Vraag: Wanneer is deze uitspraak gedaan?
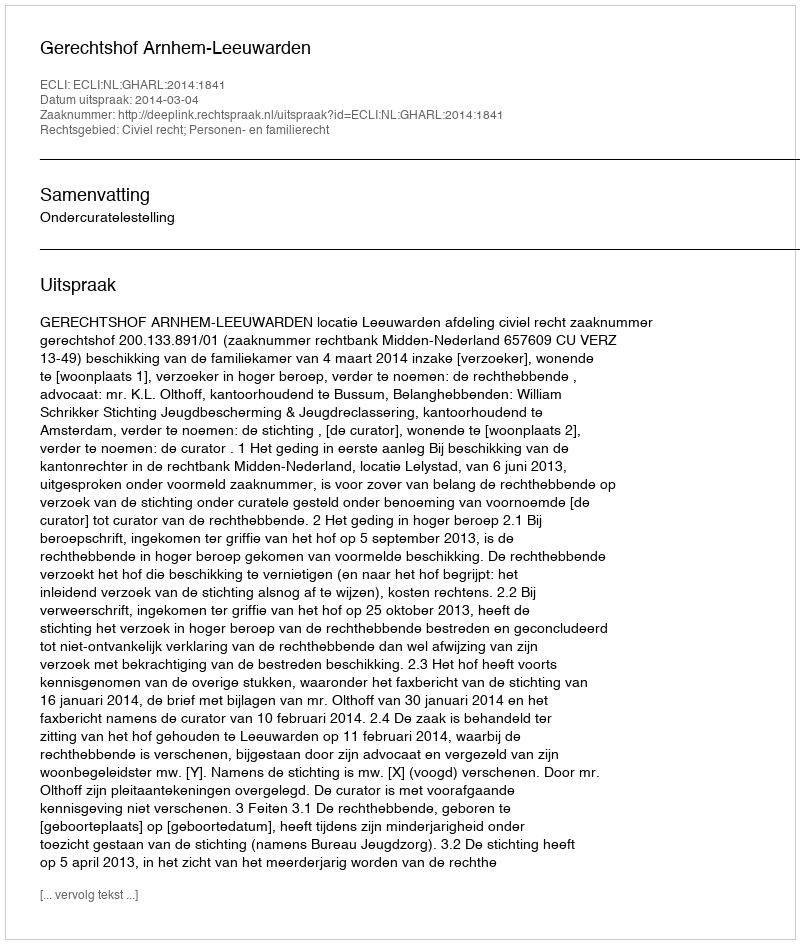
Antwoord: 2014-03-04